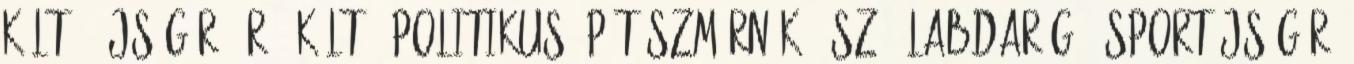
költő, újságíró író, költő, politikus építészmérnök, úszó, labdarúgó, sportújságíró